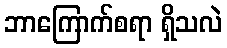
ဘာကြောက်စရာ ရှိသလဲ